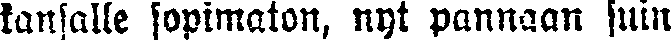
kansalle sopimaton, nyt pannaan suin